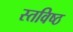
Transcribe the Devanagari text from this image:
स्तविष्ठ